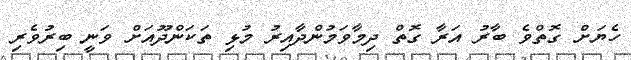
ހެޔަށް ގޮތްވެ ބާރު އަރާ ގޮތް ދިމާވަމުންދާއިރު މުޅި ތަކަންދޫއަށް ވަނީ ބިރުވެރި